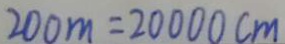
2 0 0 m = 2 0 0 0 0 c m